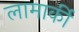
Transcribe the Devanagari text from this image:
लामार्की